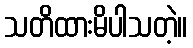
သတိထားမိပါသတဲ့။